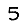
Digit: 5